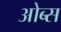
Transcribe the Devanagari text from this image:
ओब्स